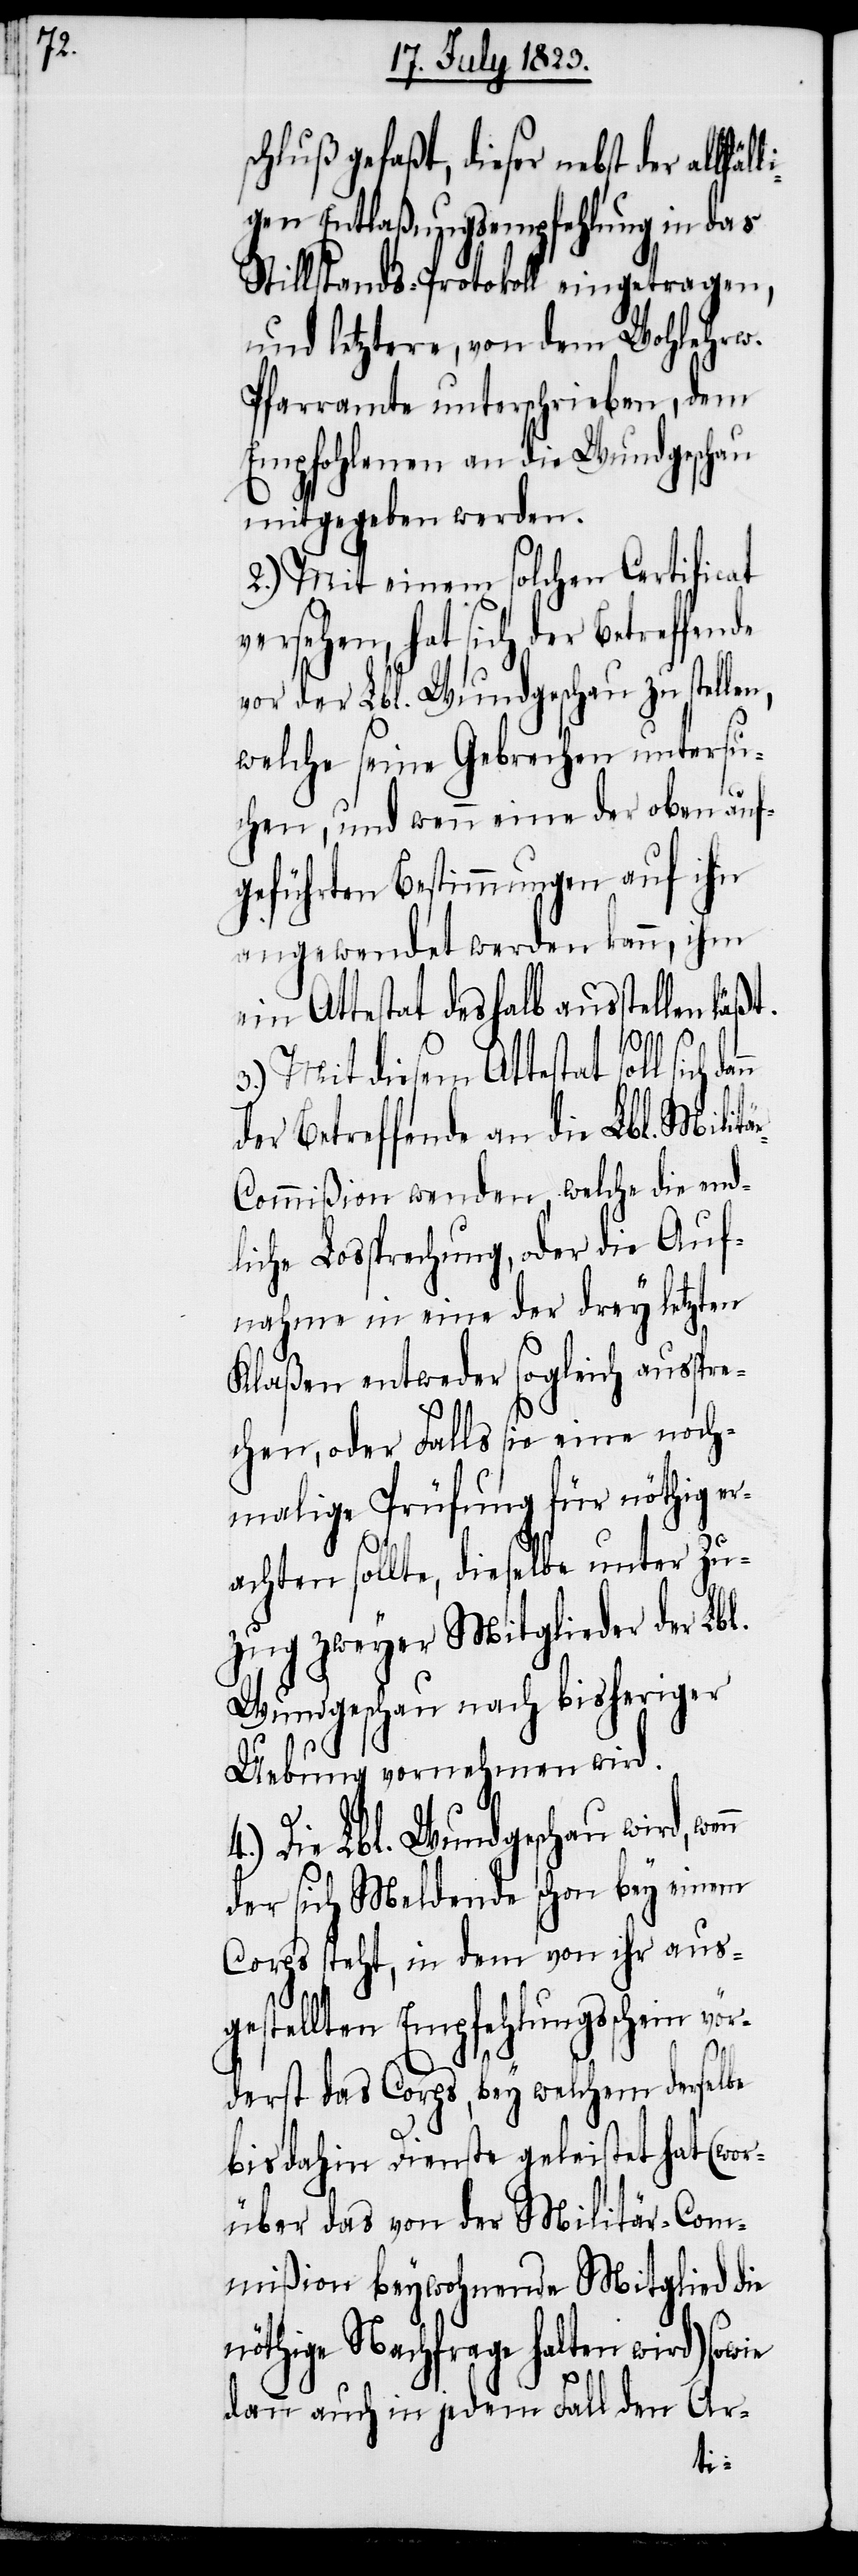
äl¬

chluß gefaßt, dieser nebst der allf¬
gen Entlaßungsempfehlung in das
Stillstands-Protokoll eingetragen,
und letztere, von dem Wohlehrw.
Pfarramte unterschrieben, dem
Empfohlenen an die Wundgeschau
mitgegeben werden.
2.) Mit einem solchen Certificat
versehen, hat sich der Betreffende
vor der Lbl. Wundgeschau zu stellen,
welche seine Gebrechen untersu¬
chen, und wenn eine der oben auf¬
geführten Bestimmungen auf ihn
angewendet werden kann, ihm
ein Attestat deshalb ausstellen läß¬
3.) Mit diesem Attestat soll sich
der Betreffende an die Lbl. Militä¬
r-Commißion wenden, welche die end¬
liche Lossprechung, oder die Auf¬
nahme in eine der drey letzten
Klaßen entweder sogleich ausspre¬
chen, oder Falls sie eine noch¬
malige Prüfung für nöthig er¬
achten sollte, dieselbe unter Zu¬
zug zweyer Mitglieder der Lbl.
Wundgeschau nach bisheriger
Uebung vornehmen wird.
t.
4.) Die Lbl. Wundgeschau wird, wenn
der sich Meldende schon bey einem
Corps steht, in dem von ihr aus¬
gestellten Empfehlungsschein vör¬
derst das Corps, bey welchem derselbe
bis dahin Dienste geleistet hat (wor¬
über das von der Militär-Com¬
mißion beywohnende Mitglied die
nöthige Nachfrage halten wird) sowie
dann auch in jedem Fall den Ar-
li¬